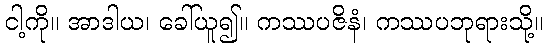
ငါ့ကို။ အာဒါယ၊ ခေါ်ယူ၍။ ကဿပဇိနံ၊ ကဿပဘုရားသို့။